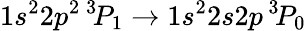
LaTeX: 1s^{2}2p^{2}\, ^{3\! }P_{1}\rightarrow 1s^{2}2s2p\, ^{3\! }P_{0}